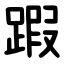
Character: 䠍